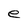
Character: e